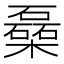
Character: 𰘾